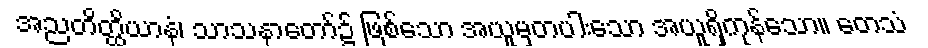
အညတိတ္ထိယာနံ၊ သာသနာတော်၌ ဖြစ်သော အယူမှတပါးသော အယူရှိကုန်သော။ တေသံ